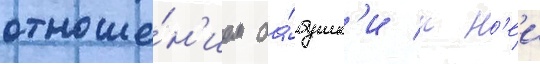
отноше́н'ием ба́бушк'и к н'еи